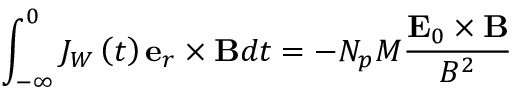
\int _ { - \infty } ^ { 0 } J _ { W } \left( t \right) \mathbf { e } _ { r } \times \mathbf { B } d t = - N _ { p } M \frac { \mathbf { E } _ { 0 } \times \mathbf { B } } { B ^ { 2 } }